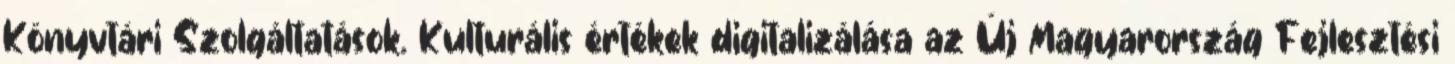
Könyvtári Szolgáltatások. Kulturális értékek digitalizálása az Új Magyarország Fejlesztési